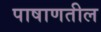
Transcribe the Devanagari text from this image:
पाषाणतील